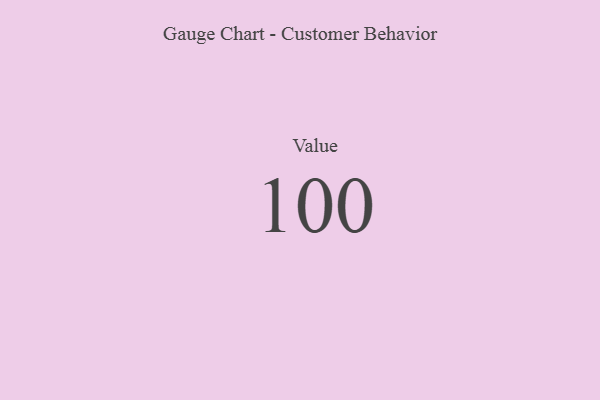
{"axis": {"x": "Metric", "y": "Value"}, "legend": [""], "data": [{"x": "Value", "y": 100, "type": ""}]}